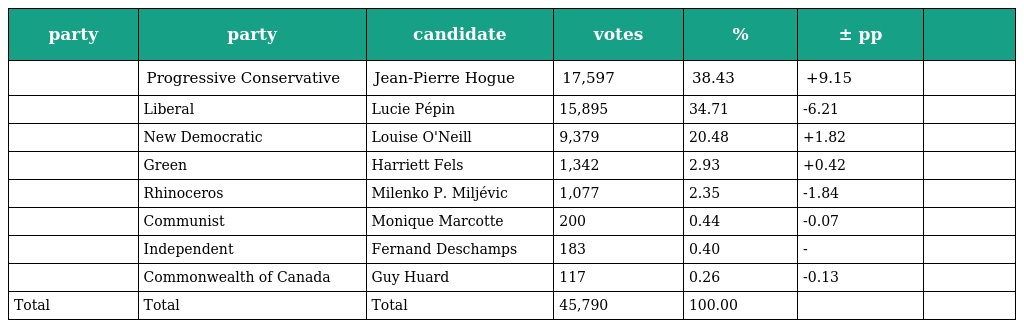
| party | party | candidate | votes | % | ± pp |  |
 | --- | --- | --- | --- | --- | --- | --- |
 |  | Progressive Conservative | Jean-Pierre Hogue | 17,597 | 38.43 | +9.15 |  |
 |  | Liberal | Lucie Pépin | 15,895 | 34.71 | -6.21 |  |
 |  | New Democratic | Louise O'Neill | 9,379 | 20.48 | +1.82 |  |
 |  | Green | Harriett Fels | 1,342 | 2.93 | +0.42 |  |
 |  | Rhinoceros | Milenko P. Miljévic | 1,077 | 2.35 | -1.84 |  |
 |  | Communist | Monique Marcotte | 200 | 0.44 | -0.07 |  |
 |  | Independent | Fernand Deschamps | 183 | 0.40 | - |  |
 |  | Commonwealth of Canada | Guy Huard | 117 | 0.26 | -0.13 |  |
 | Total | Total | Total | 45,790 | 100.00 |  |  |